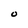
Character: O